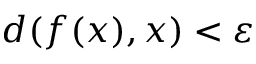
d ( f ( x ) , x ) < \varepsilon